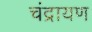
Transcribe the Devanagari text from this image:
चंद्रायण